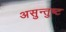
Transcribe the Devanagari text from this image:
असुन्तुष्ट